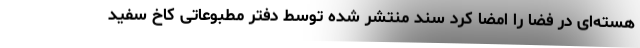
هسته‌ای در فضا را امضا کرد سند منتشر شده توسط دفتر مطبوعاتی کاخ سفید